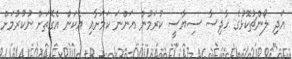
އަދި ލޯންޗުކޮޅުގެ ހާދިސާ ސިޔާސީ ކުރަމުން އަންނަ ކަމަށާއި އެކަން އެގޮތަށް ނުކުރުމަށް